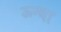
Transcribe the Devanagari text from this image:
ऊन्धा